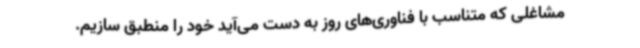
مشاغلی که متناسب با فناوری‌های روز به دست می‌آید خود را منطبق سازیم.